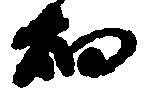
畑